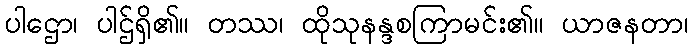
ပါဌော၊ ပါဌ်ရှိ၏။ တဿ၊ ထိုသုနန္ဒစကြာမင်း၏။ ယာဇနတာ၊